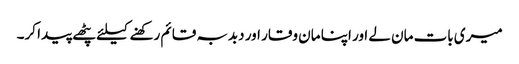
میری بات مان لے اور اپنا مان وقار اور دبدبہ قائم رکھنے کیلئے پٹھے پیدا کر۔